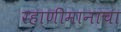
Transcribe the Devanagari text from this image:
रहाणीमानाचा